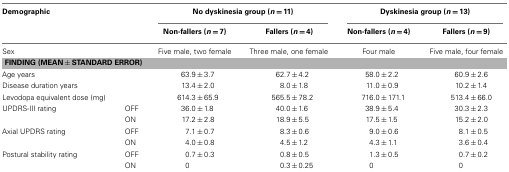
<table><thead><tr><td colspan="2"><b>Demographic</b></td><td colspan="2"><b>No dyskinesia group (<i>n</i> = 11)</b></td><td colspan="2"><b>Dyskinesia group (<i>n</i> = 13)</b></td></tr><tr><td colspan="2"></td><td><b>Non-fallers (<i>n</i> = 7)</b></td><td><b>Fallers (<i>n</i> = 4)</b></td><td><b>Non-fallers (<i>n</i> = 4)</b></td><td><b>Fallers (<i>n</i> = 9)</b></td></tr></thead><tbody><tr><td>Sex</td><td></td><td>Five male, two female</td><td>Three male, one female</td><td>Four male</td><td>Five male, four female</td></tr><tr><td colspan="6"><b>FINDING (MEAN ± STANDARD ERROR)</b></td></tr><tr><td>Age years</td><td></td><td>63.9 ± 3.7</td><td>62.7 ± 4.2</td><td>58.0 ± 2.2</td><td>60.9 ± 2.6</td></tr><tr><td>Disease duration years</td><td></td><td>13.4 ± 2.0</td><td>8.0 ± 1.8</td><td>11.0 ± 0.9</td><td>10.2 ± 1.4</td></tr><tr><td>Levodopa equivalent dose (mg)</td><td></td><td>614.3 ± 65.9</td><td>565.5 ± 78.2</td><td>716.0 ± 171.1</td><td>513.4 ± 66.0</td></tr><tr><td>UPDRS-III rating</td><td>OFF</td><td>36.0 ± 1.8</td><td>40.0 ± 1.6</td><td>38.9 ± 5.4</td><td>30.3 ± 2.3</td></tr><tr><td></td><td>ON</td><td>17.2 ± 2.8</td><td>18.9 ± 5.5</td><td>17.5 ± 1.5</td><td>15.2 ± 2.0</td></tr><tr><td>Axial UPDRS rating</td><td>OFF</td><td>7.1 ± 0.7</td><td>8.3 ± 0.6</td><td>9.0 ± 0.6</td><td>8.1 ± 0.5</td></tr><tr><td></td><td>ON</td><td>4.0 ± 0.8</td><td>4.5 ± 1.2</td><td>4.3 ± 1.1</td><td>3.6 ± 0.4</td></tr><tr><td>Postural stability rating</td><td>OFF</td><td>0.7 ± 0.3</td><td>0.8 ± 0.5</td><td>1.3 ± 0.5</td><td>0.7 ± 0.2</td></tr><tr><td></td><td>ON</td><td>0</td><td>0.3 ± 0.25</td><td>0</td><td>0</td></tr></tbody></table>